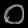
Digit: ၀